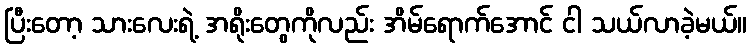
ပြီးတော့ သားလေးရဲ့ အရိုးတွေကိုလည်း အိမ်ရောက်အောင် ငါ သယ်လာခဲ့မယ်။